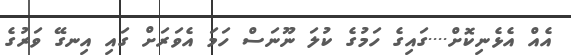
އެއް އެޅެނިކޮށް....ގައިގެ ހަމުގެ ކުލަ ނޫނަސް ހަމަ އެވަރަށް ގައި އިނގޭ ވަރުގެ